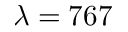
\lambda = 7 6 7